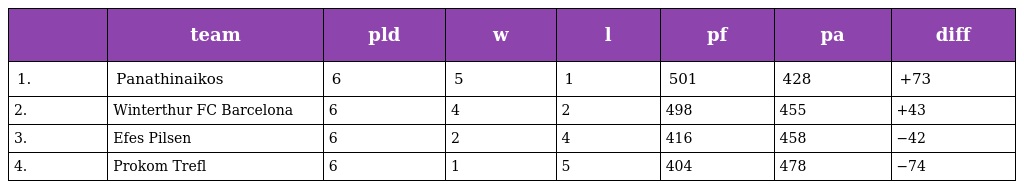
|  | team | pld | w | l | pf | pa | diff |
 | --- | --- | --- | --- | --- | --- | --- | --- |
 | 1. | Panathinaikos | 6 | 5 | 1 | 501 | 428 | +73 |
 | 2. | Winterthur FC Barcelona | 6 | 4 | 2 | 498 | 455 | +43 |
 | 3. | Efes Pilsen | 6 | 2 | 4 | 416 | 458 | −42 |
 | 4. | Prokom Trefl | 6 | 1 | 5 | 404 | 478 | −74 |